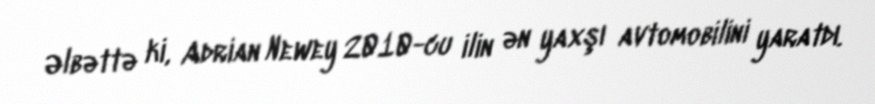
Əlbəttə ki, Adrian Newey 2010-cu ilin ən yaxşı avtomobilini yaratdı.